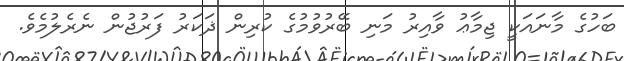
ބަހުގެ މާނައަކީ ޖިމާޢު ވާއިރު މަނި ބޭރުވުމުގެ ކުރިން ޛަކަރު ފަރުޖުން ނެރެލުމެވެ.